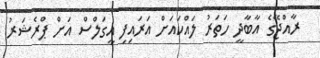
ރާއްޖޭގެ އާބާދީ ހަތަރު ލައްކައަށް އަރައިފި އީގަލްސް އަށް ޕްރެޝަރު